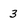
Character: 3